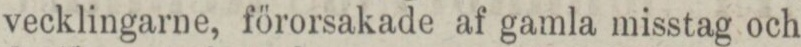
vecklingarne, förorsakade af gamla misstag och